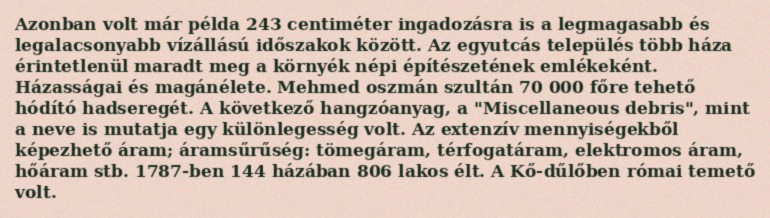
Azonban volt már példa 243 centiméter ingadozásra is a legmagasabb és legalacsonyabb vízállású időszakok között. Az egyutcás település több háza érintetlenül maradt meg a környék népi építészetének emlékeként. Házasságai és magánélete. Mehmed oszmán szultán 70 000 főre tehető hódító hadseregét. A következő hangzóanyag, a "Miscellaneous debris", mint a neve is mutatja egy különlegesség volt. Az extenzív mennyiségekből képezhető áram; áramsűrűség: tömegáram, térfogatáram, elektromos áram, hőáram stb. 1787-ben 144 házában 806 lakos élt. A Kő-dűlőben római temető volt.